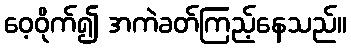
ဝေ့ဝိုက်၍ အကဲခတ်ကြည့်နေသည်။